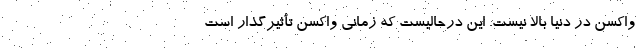
واکسن در دنیا بالا نیست. این درحالیست که زمانی واکسن تأثیرگذار است